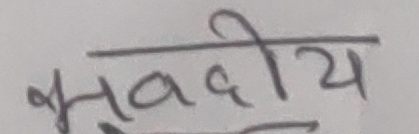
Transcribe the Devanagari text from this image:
भवदीय